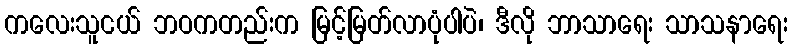
ကလေးသူငယ် ဘဝကတည်းက မြင့်မြတ်လာပုံပါပဲ၊ ဒီလို ဘာသာရေး သာသနာရေး